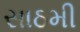
સાઠમી